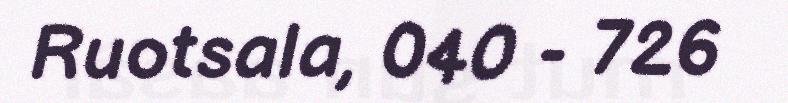
Ruotsala, 040 - 726